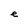
Character: e